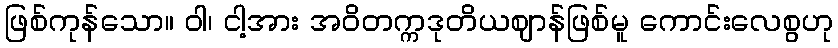
ဖြစ်ကုန်သော။ ဝါ၊ ငါ့အား အဝိတက္ကဒုတိယဈာန်ဖြစ်မူ ကောင်းလေစွဟု